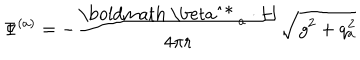
\Phi ^ { ( a ) } = - \frac { { { \mathrm { \boldmath ~ \ b e t a ^ { * } ~ } } _ { a } } \cdot { \bf H } } { 4 \pi r } \sqrt { g ^ { 2 } + q _ { a } ^ { 2 } }